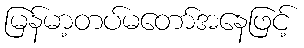
မြန်မာ့တပ်မတော်အနေဖြင့်